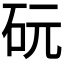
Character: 𪿑